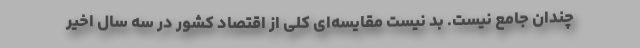
چندان جامع نیست. بد نیست مقایسه‌ای کلی از اقتصاد کشور در سه سال اخیر